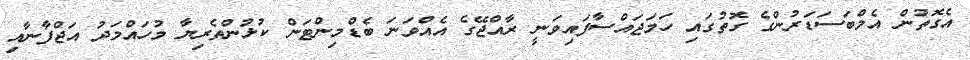
އެގޮތުން އެމްބަސަޑަރުންގެ ގޮތުގައި ހަމަޖައްސާފައިވަނީ ރާއްޖޭގެ އެއްވަނަ ބެޑްމިންޓަން ކުޅުންތެރިޔާ މުހައްމަދު އަޖްފާނާއި